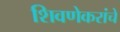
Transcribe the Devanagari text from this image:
शिवणेकरांचे